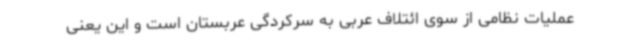
عملیات نظامی از سوی ائتلاف عربی به سرکردگی عربستان است و این یعنی